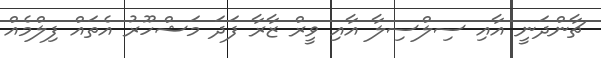
ޗާންދަނީ އާއި ސިލްސިލާ އާއި ވީރް ޒާރާ ފަދަ މަޝްހޫރު އެތައް ފިލްމެއް